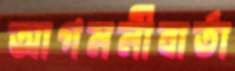
আগমনীবার্তা